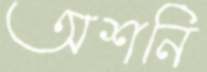
অশনি